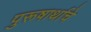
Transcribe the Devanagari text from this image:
पुरूषार्थाचे